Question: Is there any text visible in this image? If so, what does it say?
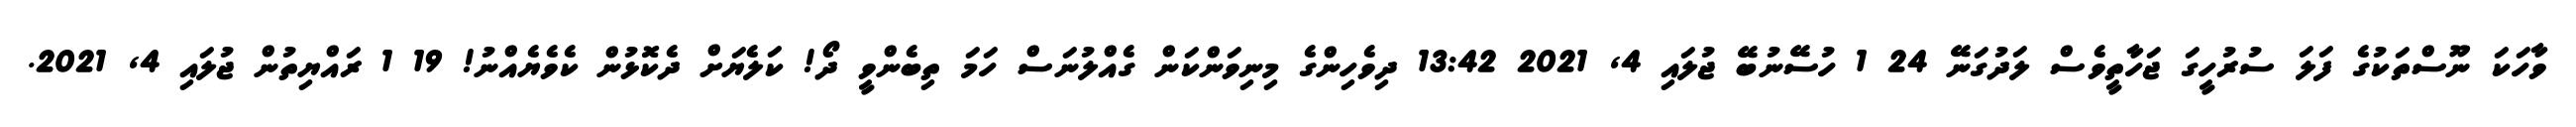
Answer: ވާހަކަ ނޫސްތަކުގެ ފަލަ ސުރުހީގަ ޖަހާތީވެސް ލަދުގަނޭ 24 1 ހުސޭނުބޭ ޖުލައި 4, 2021 13:42 ދިވެހިންގެ މިނިވަންކަން ގެއްލުނަސް ހަމަ ތިބެންވީ ދޯ! ކަލެޔަށް ދެކޮޅުން ކެވެޔެއްނު! 19 1 ރައްޔިތުން ޖުލައި 4, 2021.